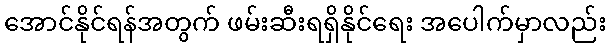
အောင်နိုင်ရန်အတွက် ဖမ်းဆီးရရှိနိုင်ရေး အပေါက်မှာလည်း